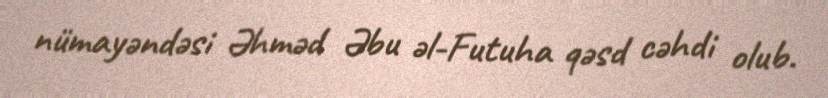
nümayəndəsi Əhməd Əbu əl-Futuha qəsd cəhdi olub.